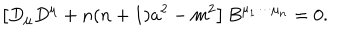
\left[ D _ { \mu } D ^ { \mu } + n ( n + 1 ) a ^ { 2 } - m ^ { 2 } \right] B ^ { \mu _ { 1 } \cdots \mu _ { n } } = 0 .